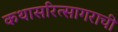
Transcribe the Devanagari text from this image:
कथासरित्सागराची